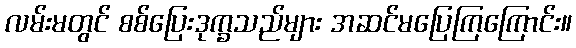
လမ်းမတွင် စစ်ပြေးဒုက္ခသည်များ အဆင်မပြေကြကြောင်း။